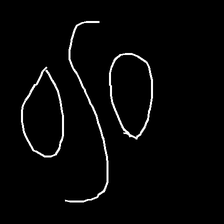
Glyph: water